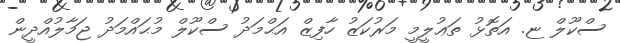
ސްކޫލް ޏ. އަތޮޅު ތަޢުލީމީ މަރުކަޒު ހާފިޒް އަޙްމަދު ސްކޫލް މުޙައްމަދު ޖަމާލުއްދީން